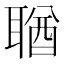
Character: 𦖣